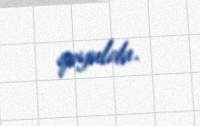
qoyuldu.